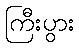
ကြီးပွား